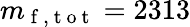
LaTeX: m_{\mathrm{~f~,~t~o~t~}}=2313